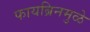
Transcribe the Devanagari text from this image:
फायब्रिनमुळे